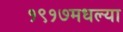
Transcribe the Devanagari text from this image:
१९१७मधल्या